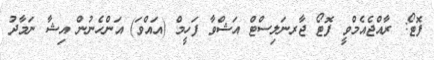
ފޮޓޯ: ރާއްޖެއެމްވީ ފޮޓޯ ޖާރނަލިސްޓް އަޝްވާ ފަހީމް (އައްވަ) އަންހެނުން އިޝާ ނަމާދު